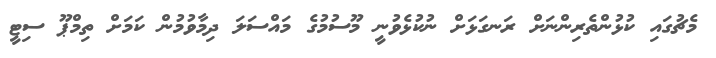
މެޗުގައި ކުޅުންތެރިންނަށް ރަނގަޅަށް ނުކުޅެވުނީ މޫސުމުގެ މައްސަލަ ދިމާވުމުން ކަމަށް ތިމްޕޫ ސިޓީ